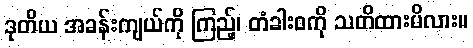
ဒုတိယ အခန်းကျယ်ကို ကြည့်၊ တံခါးဝကို သတိထားမိလား။